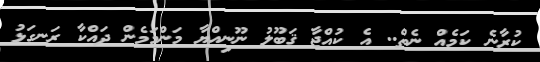
ކުރާނެ ކަމެއް ނެތް.. އެ ކުއްޖާ ޤަބޫލު ނޫނިއްޔާ މަންމަމެން ދައްކާ ރަނގަޅު